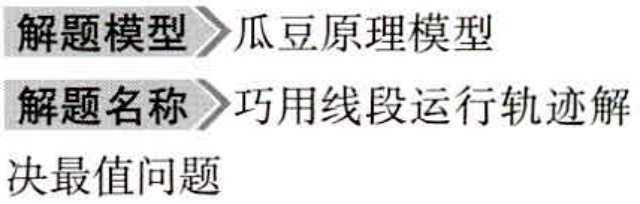
解题模型\(>\)瓜豆原理模型

解题名称\(>\)巧用线段运行轨迹解决最值问题